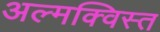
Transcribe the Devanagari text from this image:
अल्मक्विस्त